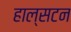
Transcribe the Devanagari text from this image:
हाल्सटन